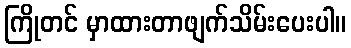
ကြိုတင် မှာထားတာဖျက်သိမ်းပေးပါ။